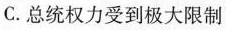
C.总统权力受到极大限制